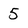
Character: 5